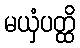
မယှံပတ္ထိ